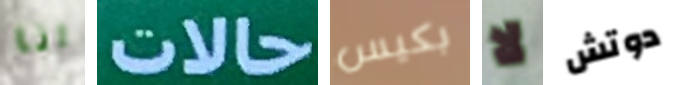
انا حالات بكيس لا دوتش